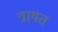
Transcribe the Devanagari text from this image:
त्रायत